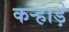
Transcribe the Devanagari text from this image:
कऱ्हाड़े